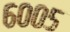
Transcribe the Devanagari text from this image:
६००५